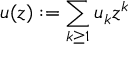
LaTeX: u ( z ) : = \sum _ { k \geq 1 } u _ { k } z ^ { k }